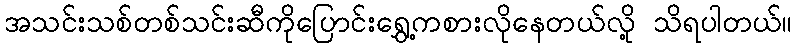
အသင်းသစ်တစ်သင်းဆီကိုပြောင်းရွှေ့ကစားလိုနေတယ်လို့ သိရပါတယ်။